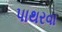
પાથરવા